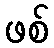
ဖစ်